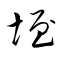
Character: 垤